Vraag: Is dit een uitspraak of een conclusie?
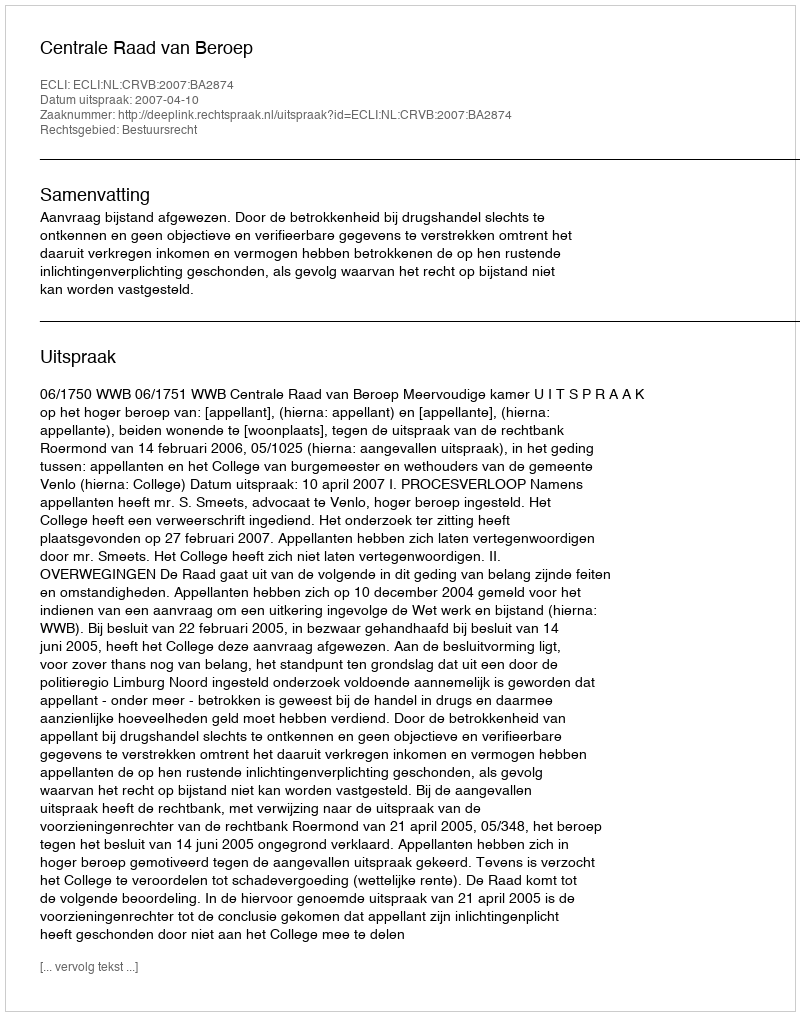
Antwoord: Uitspraak